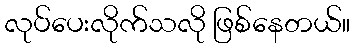
လုပ်ပေးလိုက်သလို ဖြစ်နေတယ်။